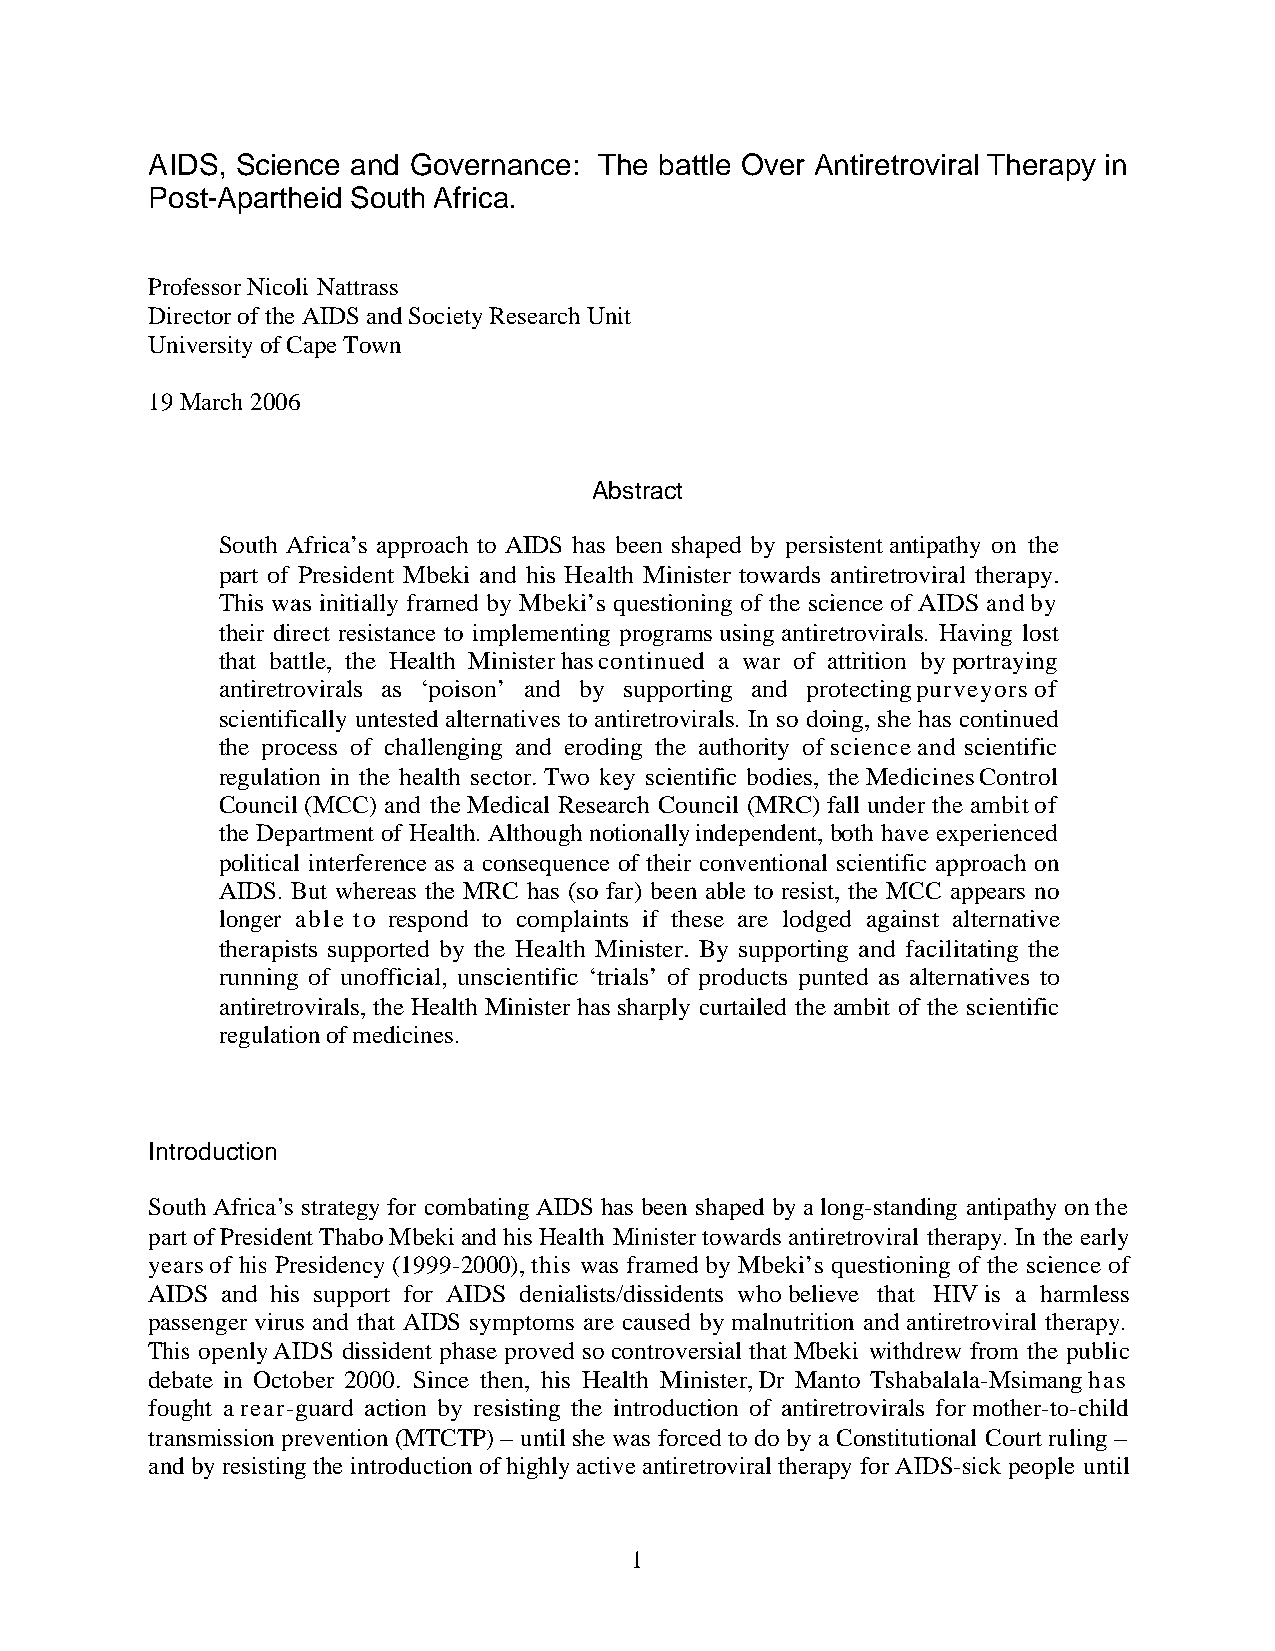
AIDS, Science and Governance: The battle Over Antiretroviral Therapy in
 Post-Apartheid South Africa.
 Professor Nicoli Nattrass
 Director of the AIDS and Society Research Unit
 University of Cape Town
 19 March 2006
 Abstract
 South Africa’s approach to AIDS has been shaped by persistent antipathy on the
 part of President Mbeki and his Health Minister towards antiretroviral therapy.
 This was initially framed by Mbeki’s questioning of the science of AIDS and by
 their direct resistance to implementing programs using antiretrovirals. Having lost
 that battle, the Health Minister has continued a war of attrition by portraying
 antiretrovirals as ‘poison’ and by supporting and protecting purveyors of
 scientifically untested alternatives to antiretrovirals. In so doing, she has continued
 the process of challenging and eroding the authority of science and scientific
 regulation in the health sector. Two key scientific bodies, the Medicines Control
 Council (MCC) and the Medical Research Council (MRC) fall under the ambit of
 the Department of Health. Although notionally independent, both have experienced
 political interference as a consequence of their conventional scientific approach on
 AIDS. But whereas the MRC has (so far) been able to resist, the MCC appears no
 longer able to respond to complaints if these are lodged against alternative
 therapists supported by the Health Minister. By supporting and facilitating the
 running of unofficial, unscientific ‘trials’ of products punted as alternatives to
 antiretrovirals, the Health Minister has sharply curtailed the ambit of the scientific
 regulation of medicines.
 Introduction
 South Africa’s strategy for combating AIDS has been shaped by a long-standing antipathy on the
 part of President Thabo Mbeki and his Health Minister towards antiretroviral therapy. In the early
 years of his Presidency (1999-2000), this was framed by Mbeki’s questioning of the science of
 AIDS and his support for AIDS denialists/dissidents who believe that HIV is a harmless
 passenger virus and that AIDS symptoms are caused by malnutrition and antiretroviral therapy.
 This openly AIDS dissident phase proved so controversial that Mbeki withdrew from the public
 debate in October 2000. Since then, his Health Minister, Dr Manto Tshabalala-Msimang has
 fought a rear-guard action by resisting the introduction of antiretrovirals for mother-to-child
 transmission prevention (MTCTP) – until she was forced to do by a Constitutional Court ruling –
 and by resisting the introduction of highly active antiretroviral therapy for AIDS-sick people until
 1